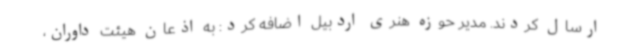
ارسال کردند. مدیر حوزه هنری اردبیل اضافه کرد: به اذعان هیئت داوران،